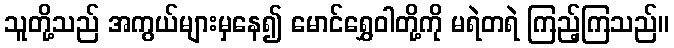
သူတို့သည် အကွယ်များမှနေ၍ မောင်ရွှေဝါတို့ကို မရဲတရဲ ကြည့်ကြသည်။